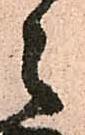
々